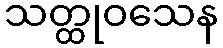
သတ္ထုဝသေန